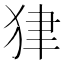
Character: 𤝽